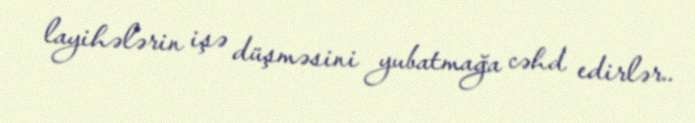
layihələrin işə düşməsini yubatmağa cəhd edirlər..